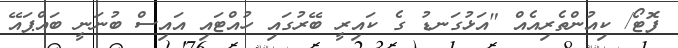
ފޮޓޯ/ ކިއުންތެރިއެއް "އަޅުގަނޑު ގެ ކައިރީ ބޭރުގައި ހުއްޓައި އައިސް ބުނަނީ ބައްޕައޭ